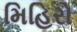
મિહિરો